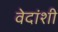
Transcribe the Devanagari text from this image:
वेदांशी